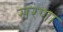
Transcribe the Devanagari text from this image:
सरणा